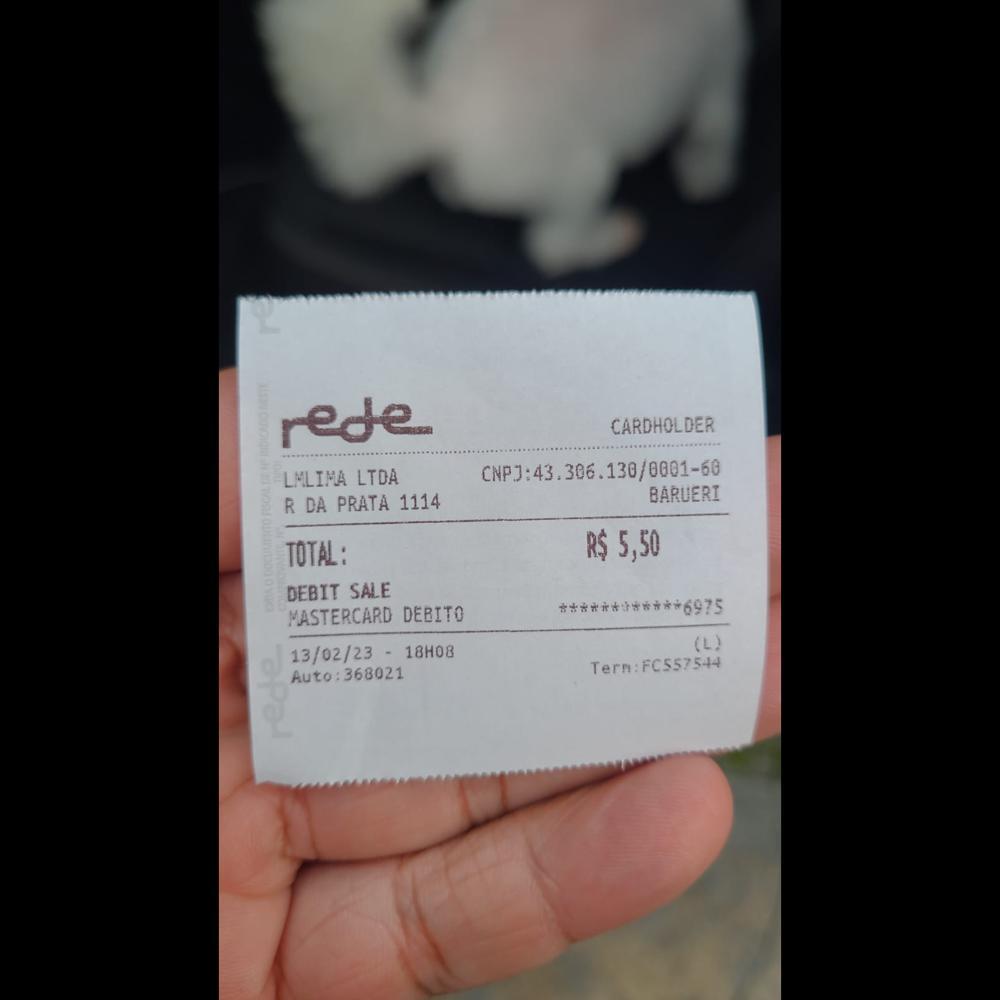
rede LMLIMA LTDA RDA PRATA 1114 TOTAL: DEBIT SALE MASTERCARD DEBITO 13/02/23 18H08 Auto:368021 CARDHOLDER CNP2:43.306.130/00-60 BARUERI R$5,50 ****#T*****691S Tern:FC557544 (L)